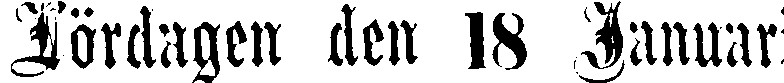
Lördagen den 18 Januari